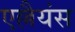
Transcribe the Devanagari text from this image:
एल्लैयंस